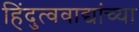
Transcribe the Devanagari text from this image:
हिंदुत्ववाद्यांच्या